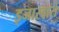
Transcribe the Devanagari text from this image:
इजारदारों